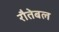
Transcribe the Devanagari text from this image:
रौतेबल